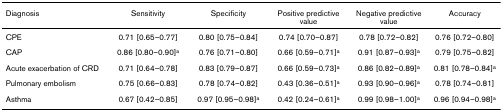
<table><thead><tr><td><b>Diagnosis</b></td><td><b>Sensitivity</b></td><td><b>Specificity</b></td><td><b>Positive predictive value</b></td><td><b>Negative predictive value</b></td><td><b>Accuracy</b></td></tr></thead><tbody><tr><td>CPE</td><td>0.71 [0.65–0.77]</td><td>0.80 [0.75–0.84]</td><td>0.74 [0.70–0.87]</td><td>0.78 [0.72–0.82]</td><td>0.76 [0.72–0.80]</td></tr><tr><td>CAP</td><td>0.86 [0.80–0.90]<sup>a</sup></td><td>0.76 [0.71–0.80]</td><td>0.66 [0.59–0.71]<sup>a</sup></td><td>0.91 [0.87–0.93]<sup>a</sup></td><td>0.79 [0.75–0.82]</td></tr><tr><td>Acute exacerbation of CRD</td><td>0.71 [0.64–0.78]</td><td>0.83 [0.79–0.87]</td><td>0.66 [0.59–0.73]<sup>a</sup></td><td>0.86 [0.82–0.89]<sup>a</sup></td><td>0.81 [0.78–0.84]<sup>a</sup></td></tr><tr><td>Pulmonary embolism</td><td>0.75 [0.66–0.83]</td><td>0.78 [0.74–0.82]</td><td>0.43 [0.36–0.51]<sup>a</sup></td><td>0.93 [0.90–0.96]<sup>a</sup></td><td>0.78 [0.74–0.81]</td></tr><tr><td>Asthma</td><td>0.67 [0.42–0.85]</td><td>0.97 [0.95–0.98]<sup>a</sup></td><td>0.42 [0.24–0.61]<sup>a</sup></td><td>0.99 [0.98–1.00]<sup>a</sup></td><td>0.96 [0.94–0.98]<sup>a</sup></td></tr></tbody></table>